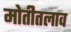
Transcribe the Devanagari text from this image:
मोतीतलाव